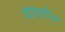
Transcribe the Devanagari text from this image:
डार्लीन